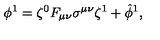
\phi ^ { 1 } = \zeta ^ { 0 } F _ { \mu \nu } \sigma ^ { \mu \nu } \zeta ^ { 1 } + \hat { \phi } ^ { 1 } ,